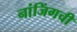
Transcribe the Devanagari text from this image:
नांजिंगची